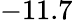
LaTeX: -11.7